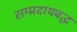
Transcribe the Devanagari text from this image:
सम्प्रदायबद्ध